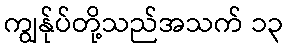
ကျွန်ုပ်တို့သည်အသက် ၁၃